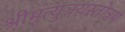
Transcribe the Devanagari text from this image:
श्रीमृत्युञ्जयस्तोत्रम्